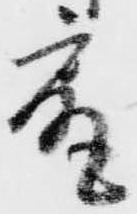
尻